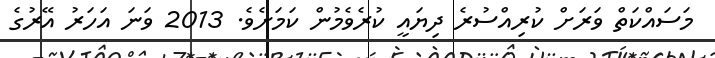
މަސައްކަތް ވަރަށް ކުރިއްސުރެ ދިޔައީ ކުރެވެމުން ކަމަށެވެ. 2013 ވަނަ އަހަރު އޭރުގެ